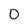
Character: 0